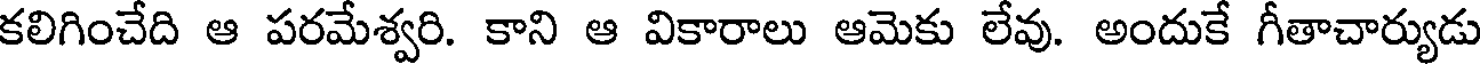
కలిగించేది ఆ పరమేశ్వరి. కాని ఆ వికారాలు ఆమెకు లేవు. అందుకే గీతాచార్యుడు